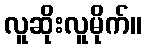
လူဆိုးလူမိုက်။